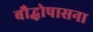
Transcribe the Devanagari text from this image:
बौद्धोपासना